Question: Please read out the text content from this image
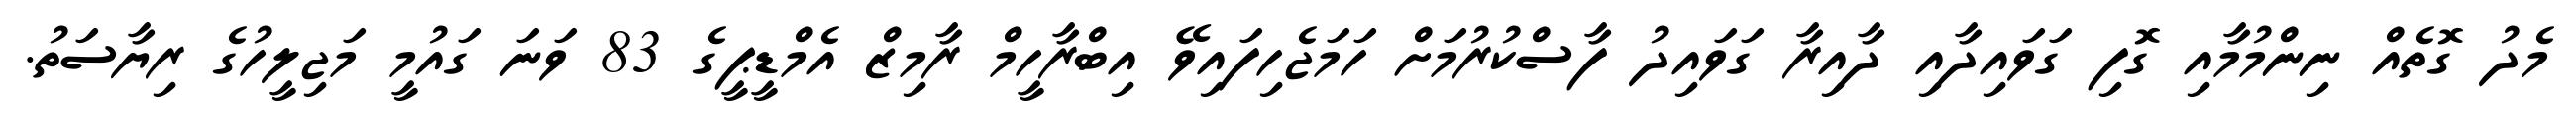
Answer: މެދު ގޮތެއް ނިންމުމާއި ގޮފި ގަވައިދާއި ދާއިރާ ގަވައިދު ފާސްކުރުމަށް ހަމަޖެހިފައިވޭ އިބްރާހީމް ރާމިޒް އެމްޑީޕީގެ 83 ވަނަ ގައުމީ މަޖިލީހުގެ ރިޔާސަތު.